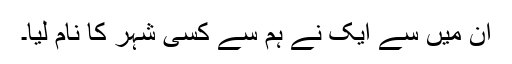
ان میں سے ایک نے ہم سے کسی شہر کا نام لیا۔